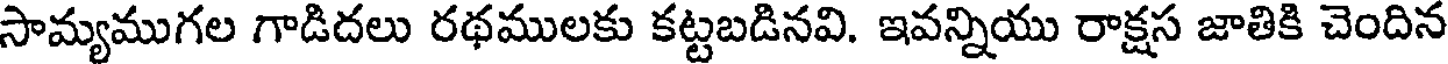
సామ్యముగల గాడిదలు రథములకు కట్టబడినవి. ఇవన్నియు రాక్షస జాతికి చెందిన